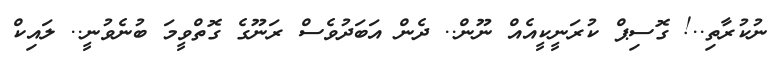
ނުކުރާތި..! ގޮސިޕް ކުރަނީކީއެއް ނޫން.. ދެން އަބަދުވެސް ރަނޫގެ ގޮތްވީމަ ބުނެވުނީ.. ލައިކް